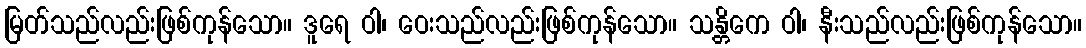
မြတ်သည်လည်းဖြစ်ကုန်သော။ ဒူရေ ဝါ၊ ဝေးသည်လည်းဖြစ်ကုန်သော။ သန္တိကေ ဝါ၊ နီးသည်လည်းဖြစ်ကုန်သော။